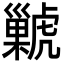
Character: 𧈊